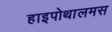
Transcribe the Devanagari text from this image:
हाइपोथालमस